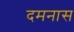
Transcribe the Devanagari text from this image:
दमनास